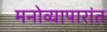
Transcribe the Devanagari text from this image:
मनोव्यापारांत